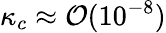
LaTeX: \kappa_{c}\approx\mathcal{O}(10^{-8})